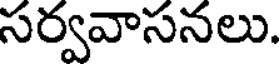
సర్వవాసనలు.